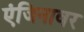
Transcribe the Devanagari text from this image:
एंजिनावर